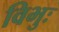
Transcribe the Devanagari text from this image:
विभुः